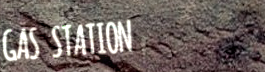
GAS STATION